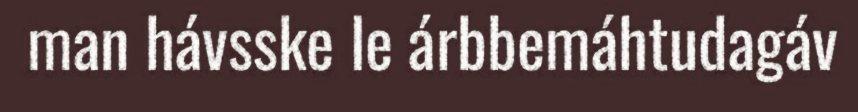
man hávsske le árbbemáhtudagáv